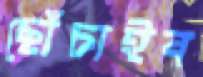
ছোঁচাইব